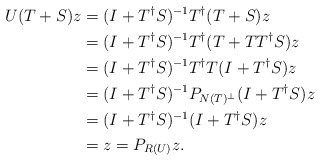
\begin{align*}U(T+S)z&=(I+T^\dagger S)^{-1}T^\dagger (T+S)z\\ &=(I+T^\dagger S)^{-1}T^\dagger (T+TT^\dagger S)z\\ &=(I+T^\dagger S)^{-1}T^\dagger T(I+T^\dagger S )z\\ &=(I+T^\dagger S)^{-1}P_{N(T)^{\bot}}(I+T^\dagger S )z \\ &=(I+T^\dagger S)^{-1}(I+T^\dagger S )z\\ &=z=P_{R(U)}z.\end{align*}